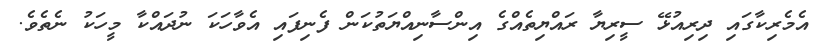
އެމެރިކާގައި ދިރިއުޅޭ ސީރިޔާ ރައްޔިތެއްގެ އިންސާނިއްޔަތުކަން ފެނިފައި އެވާހަކަ ނުދައްކާ މީހަކު ނެތެވެ.